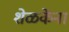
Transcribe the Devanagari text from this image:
शेळकेंना